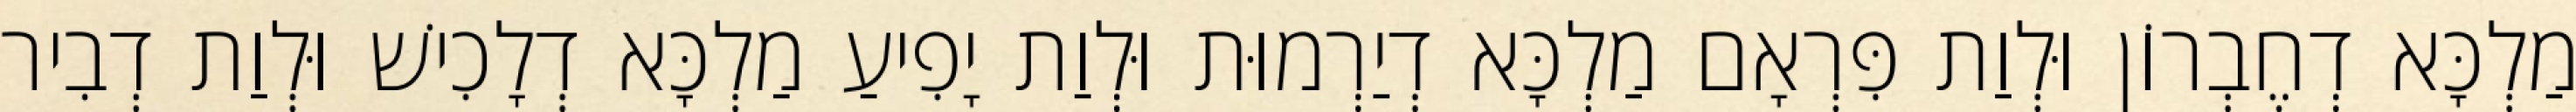
מַלְכָּא דְחֶבְרוֹן וּלְוַת פִּרְאָם מַלְכָּא דְיַרְמוּת וּלְוַת יָפִיעַ מַלְכָּא דְלָכִישׁ וּלְוַת דְבִיר